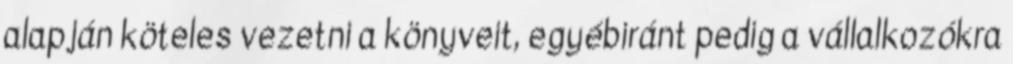
alapján köteles vezetni a könyveit, egyébiránt pedig a vállalkozókra